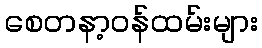
စေတနာ့ဝန်ထမ်းများ